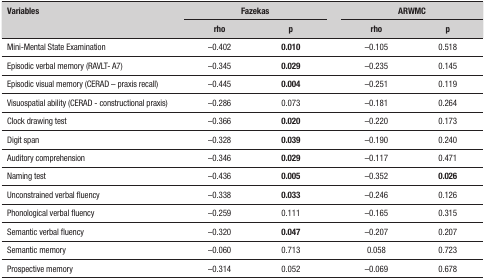
<table><thead><tr><td rowspan="2"><b>Variables</b></td><td colspan="2"><b>Fazekas</b></td><td rowspan="2"><b> </b></td><td colspan="2"><b>ARWMC</b></td></tr><tr><td><b>rho</b></td><td><b><i>p</i></b></td><td><b>rho</b></td><td><b><i>p</i></b></td></tr></thead><tbody><tr><td>Mini-Mental State Examination</td><td>–0.402</td><td>0.010</td><td> </td><td>–0.105</td><td>0.518</td></tr><tr><td>Episodic verbal memory (RAVLT- A7)</td><td>–0.345</td><td>0.029</td><td> </td><td>–0.235</td><td>0.145</td></tr><tr><td>Episodic visual memory (CERAD – praxis recall)</td><td>–0.445</td><td>0.004</td><td> </td><td>–0.251</td><td>0.119</td></tr><tr><td>Visuospatial ability (CERAD - constructional praxis)</td><td>–0.286</td><td>0.073</td><td> </td><td>–0.181</td><td>0.264</td></tr><tr><td>Clock drawing test</td><td>–0.366</td><td>0.020</td><td> </td><td>–0.220</td><td>0.173</td></tr><tr><td>Digit span</td><td>–0.328</td><td>0.039</td><td> </td><td>–0.190</td><td>0.240</td></tr><tr><td>Auditory comprehension</td><td>–0.346</td><td>0.029</td><td> </td><td>–0.117</td><td>0.471</td></tr><tr><td>Naming test</td><td>–0.436</td><td>0.005</td><td> </td><td>–0.352</td><td>0.026</td></tr><tr><td>Unconstrained verbal fluency</td><td>–0.338</td><td>0.033</td><td> </td><td>–0.246</td><td>0.126</td></tr><tr><td>Phonological verbal fluency</td><td>–0.259</td><td>0.111</td><td> </td><td>–0.165</td><td>0.315</td></tr><tr><td>Semantic verbal fluency</td><td>–0.320</td><td>0.047</td><td> </td><td>–0.207</td><td>0.207</td></tr><tr><td>Semantic memory</td><td>–0.060</td><td>0.713</td><td> </td><td>0.058</td><td>0.723</td></tr><tr><td>Prospective memory</td><td>–0.314</td><td>0.052</td><td> </td><td>–0.069</td><td>0.678</td></tr></tbody></table>